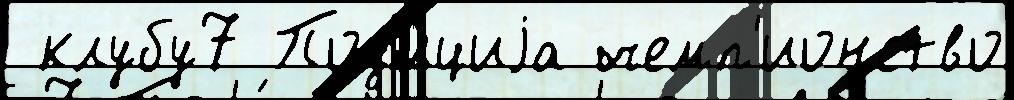
 клубу7 Поз'и́циjа чемп'ионство